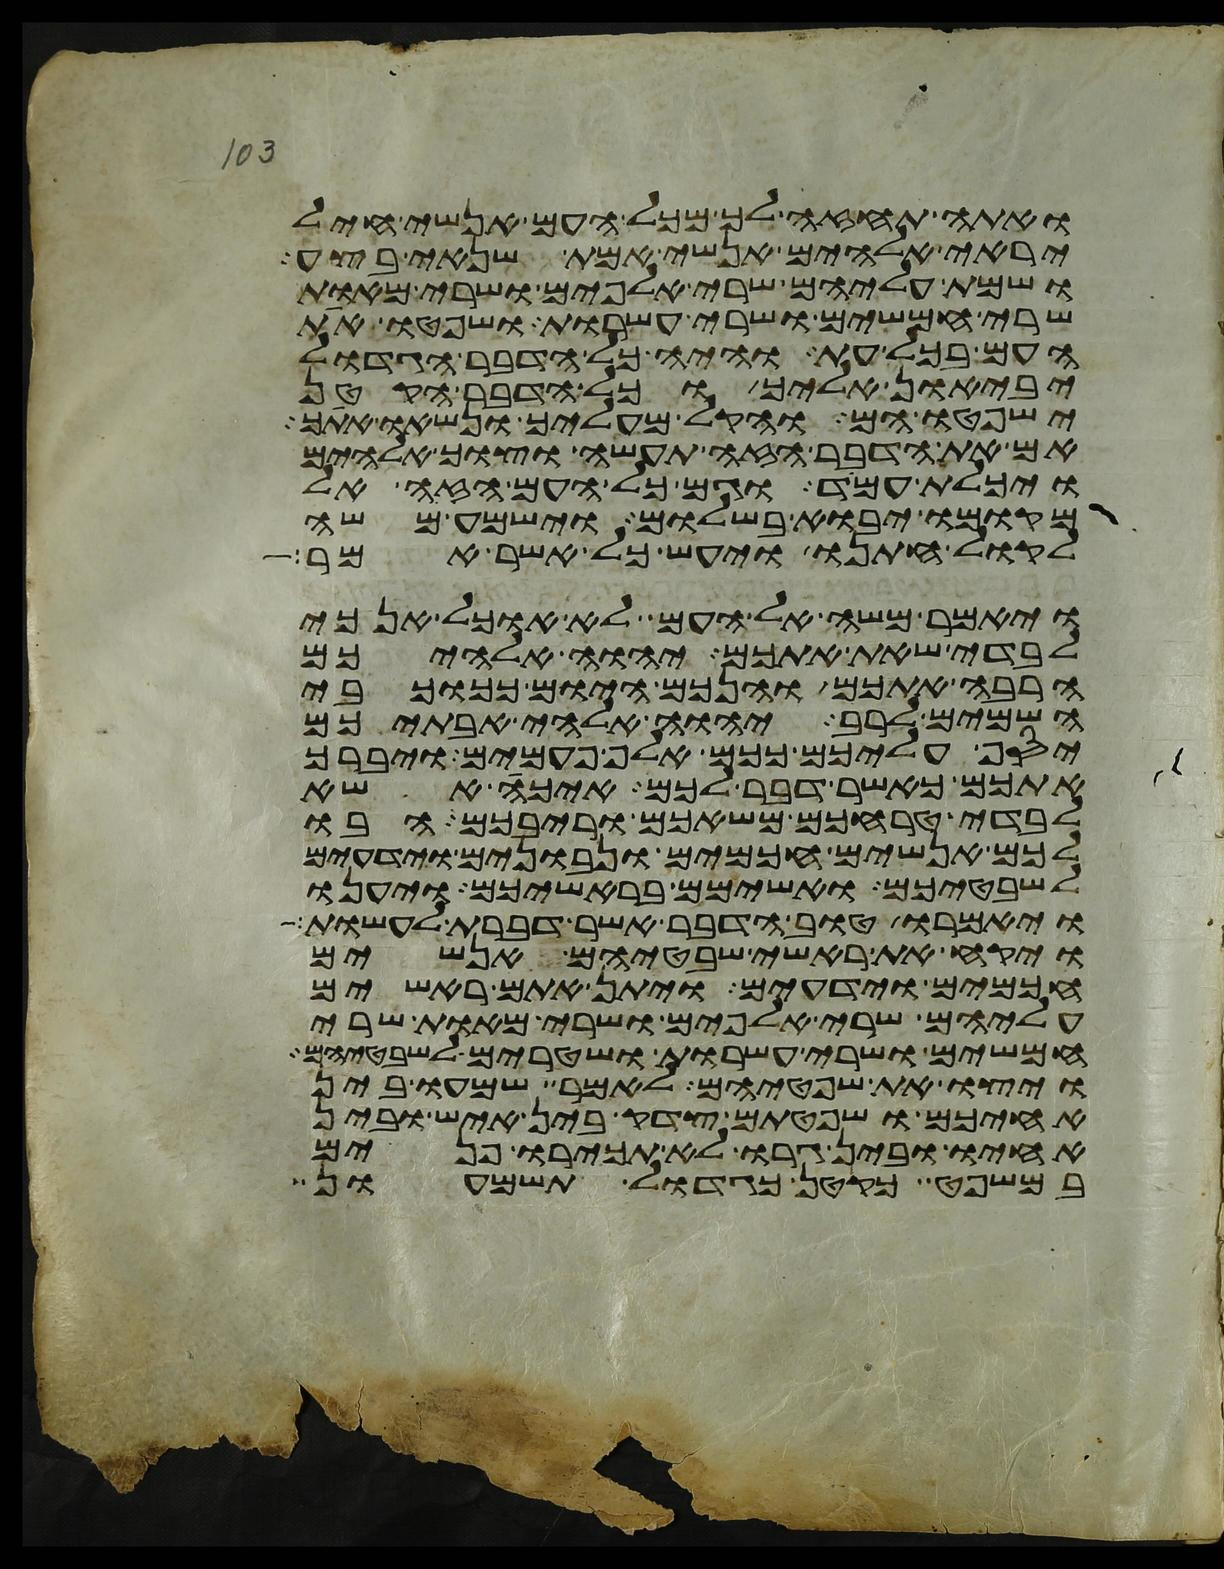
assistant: ואתה תחזה לך מכל העם אנשי חיל
יראי אלהים אנשי אמת שנאי בצע
ושמת עליהם שרי אלפים ושרי מאות
שרי חמשים ושרי עשרות ושפטו את
העם בכל עת והיה כל הדבר הגדול
יביאון אליך וכל הדבר הקטן
ישפטו הם והקל מעליך ונשאו אתך
אם את הדבר הזה תעשה וצוך אלהים
ויכלת עמד וגם כל העם הזה אל
מקומו יבוא בשלום וישמע משה
לקול חתנו ויעש כל אשר אמר
ויאמר משה אל העם לא אוכל אנכי
לבדי שאת אתכם יהוה אלהיכם
הרבה אתכם והנכם היום ככוכבי
השמים לרב יהוה אלהי אבתיכם
יסף עליכם ככם אלף פעמים ויברך
אתכם כאשר דבר לכם איכה אשא
לבדי טרחכם משאכם וריבכם הבו
לכם אנשים חכמים ונבונים וידעים
לשבטיכם ואשימם בראשיכם ויענו
ויאמרו טוב הדבר אשר דברת לעשות
ויקח את ראשי שבטיהם אנשים
חכמים וידעים ויתן אתם ראשים
עליהם שרי אלפים ושרי מאות שרי
חמשים ושרי עשרות ושטרים לשבטיהם
ויצו את שפטיהם לאמר שמעו בין
אחיכם ושפטתם צדק בין איש ובין
אחיו ובין גרו לא תכירו פנים
במשפט כקטן כגדול תשמעון